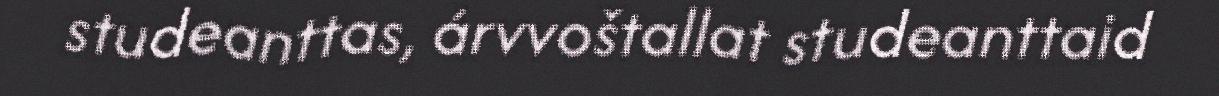
studeanttas, árvvoštallat studeanttaid